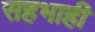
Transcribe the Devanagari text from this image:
सहभाही